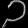
Digit: ၁